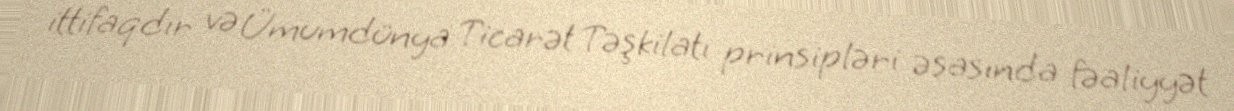
ittifaqdır və Ümumdünya Ticarət Təşkilatı prinsipləri əsasında fəaliyyət